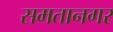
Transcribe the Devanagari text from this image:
समतानगर